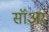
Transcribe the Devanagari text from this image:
सॉअर